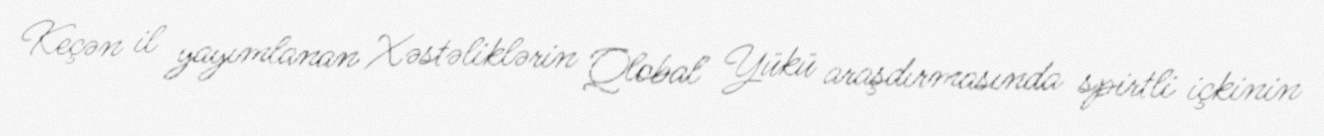
Keçən il yayımlanan Xəstəliklərin Qlobal Yükü araşdırmasında spirtli içkinin